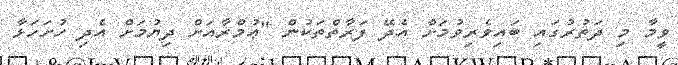
ވީމާ މި ދަތުރުގައި ބައިވެރިވުމަށް އެދޭ ފަރާތްތަކުން "ޢުމްރާއަށް ދިޔުމަށް އެދި ހުށަހަޅާ